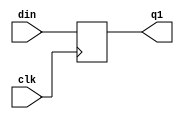
/////////////////////////////////////////
//  Functionality: flop to flop path
////////////////////////////////////////
// `timescale 1ns / 1ps


module flop1( clk, din, q1 );
   input din;
   input clk;
   output reg q1;
   
always @(posedge clk)
    begin
      q1 <= din ;
	end

endmodule // flop1

module flop2( clk, q1, dout );
   input clk;

   input q1;
   output reg dout;
   
   
always @(posedge clk)
    begin
      dout <= q1 ;
	end

endmodule // flop2

module GJC3(
  input din,
  output dout,
  input clk);

  wire q1;

   flop1 u1 (.clk(clk), .din(din), .q1(q1) );
   flop2 u2 (.clk(clk), .q1(q1), .dout(dout) );

endmodule